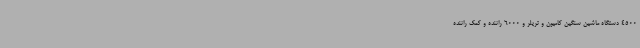
4500 دستگاه ماشین سنگین کامیون و تریلر و 6000 راننده و کمک راننده